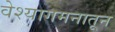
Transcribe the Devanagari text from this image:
वेश्यागमनातून